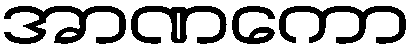
အာဏကော